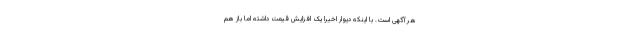
هر آگهی است. با اینکه دیوار اخیرا یک افزایش قیمت داشته اما باز هم